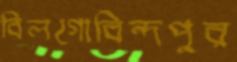
বিলগোবিন্দপুর